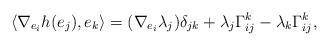
LaTeX: \begin{align*}\langle \nabla_{e_i}h(e_j),e_k\rangle&=(\nabla_{e_i}\lambda_j)\delta_{jk}+\lambda_j \Gamma_{ij}^k-\lambda_k\Gamma_{ij}^k, \end{align*}